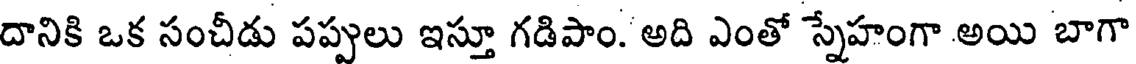
దానికి ఒక సంచీడు పప్పులు ఇస్తూ గడిపాం. అది ఎంతో స్నేహంగా అయి బాగా